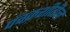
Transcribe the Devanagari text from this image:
पंचक्रशीतील